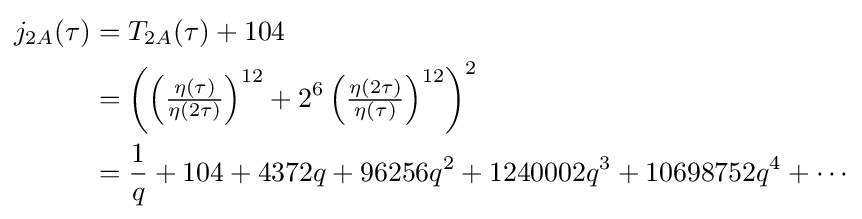
{\begin{aligned}j_{2A}(\tau )&=T_{2A}(\tau )+104\\&=\left(\left({\tfrac {\eta (\tau )}{\eta (2\tau )}}\right)^{12}+2^{6}\left({\tfrac {\eta (2\tau )}{\eta (\tau )}}\right)^{12}\right)^{2}\\&={\frac {1}{q}}+104+4372q+96256q^{2}+1240002q^{3}+10698752q^{4}+\cdots \end{aligned}}